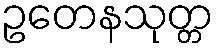
ဥတေနသုတ္တ